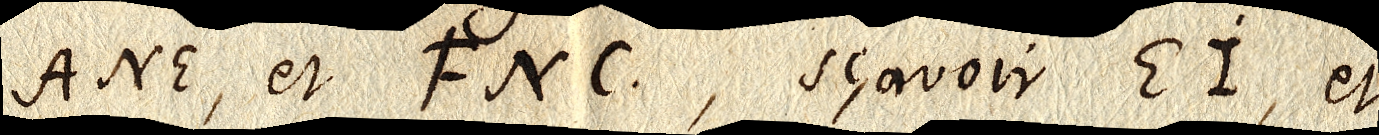
ANE, et FNC, sçavoir EI, et